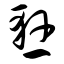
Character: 悬